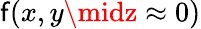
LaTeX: \mathsf{f}(x,y\midz\approx0)